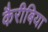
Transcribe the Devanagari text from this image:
कैरीबिया